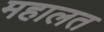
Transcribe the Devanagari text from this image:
महालत